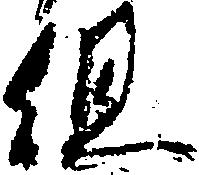
但